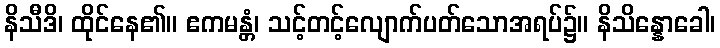
နိသီဒိ၊ ထိုင်နေ၏။ ဧကမန္တံ၊ သင့်တင့်လျောက်ပတ်သောအရပ်၌။ နိသိန္နောခေါ၊